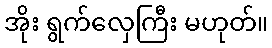
အိုး ရွက်လှေကြီး မဟုတ်။